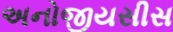
અનોજીયસીસ